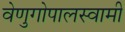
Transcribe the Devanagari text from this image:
वेणुगोपालस्‍वामी